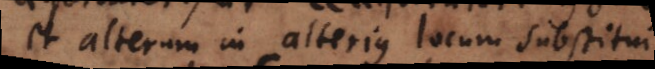
et alterum in alterius locum substitui